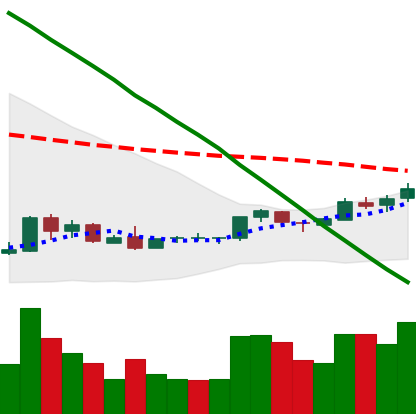
Ticker: NEO-USD
Chart end date: 2018-09-04
Forward return: -23.775%
Label: down_7plus